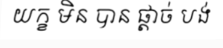
យក្ខ មិន បាន ផ្តាច់ បង់